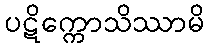
ပဋိက္ကောသိဿာမိ